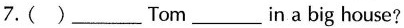
7.( )___Tom___in a big house?